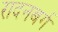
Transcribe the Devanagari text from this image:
रादनबर्ग